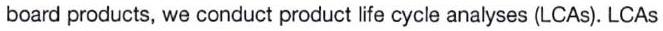
board products, we conduct product life cycle analyses (LCAs). LCAs